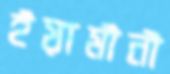
ইয়ামীনী